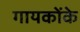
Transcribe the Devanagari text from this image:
गायकोंके